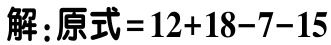
解：原式\(=12 + 18 - 7 - 15\)